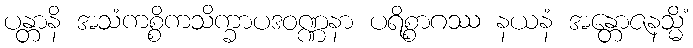
ပန္တာနိ အသံကစ္စိကသိက္ခာပဒဝဏ္ဏနာ ပရိစ္စာဂဿ နယနံ အန္တောဇနသ္မိံ